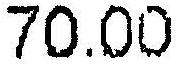
70.00